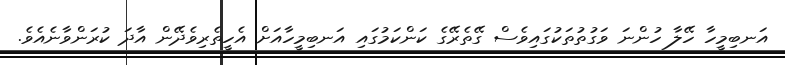
އަނބިމީހާ ހޭލާ ހުންނަ ވަގުތުތަކުގައިވެސް ގޭތެރޭގެ ކަންކަމުގައި އަނބިމީހާއަށް އެހީތެރިވެދޭން އާދަ ކުރަންވާނެއެވެ.